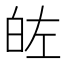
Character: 𭽐